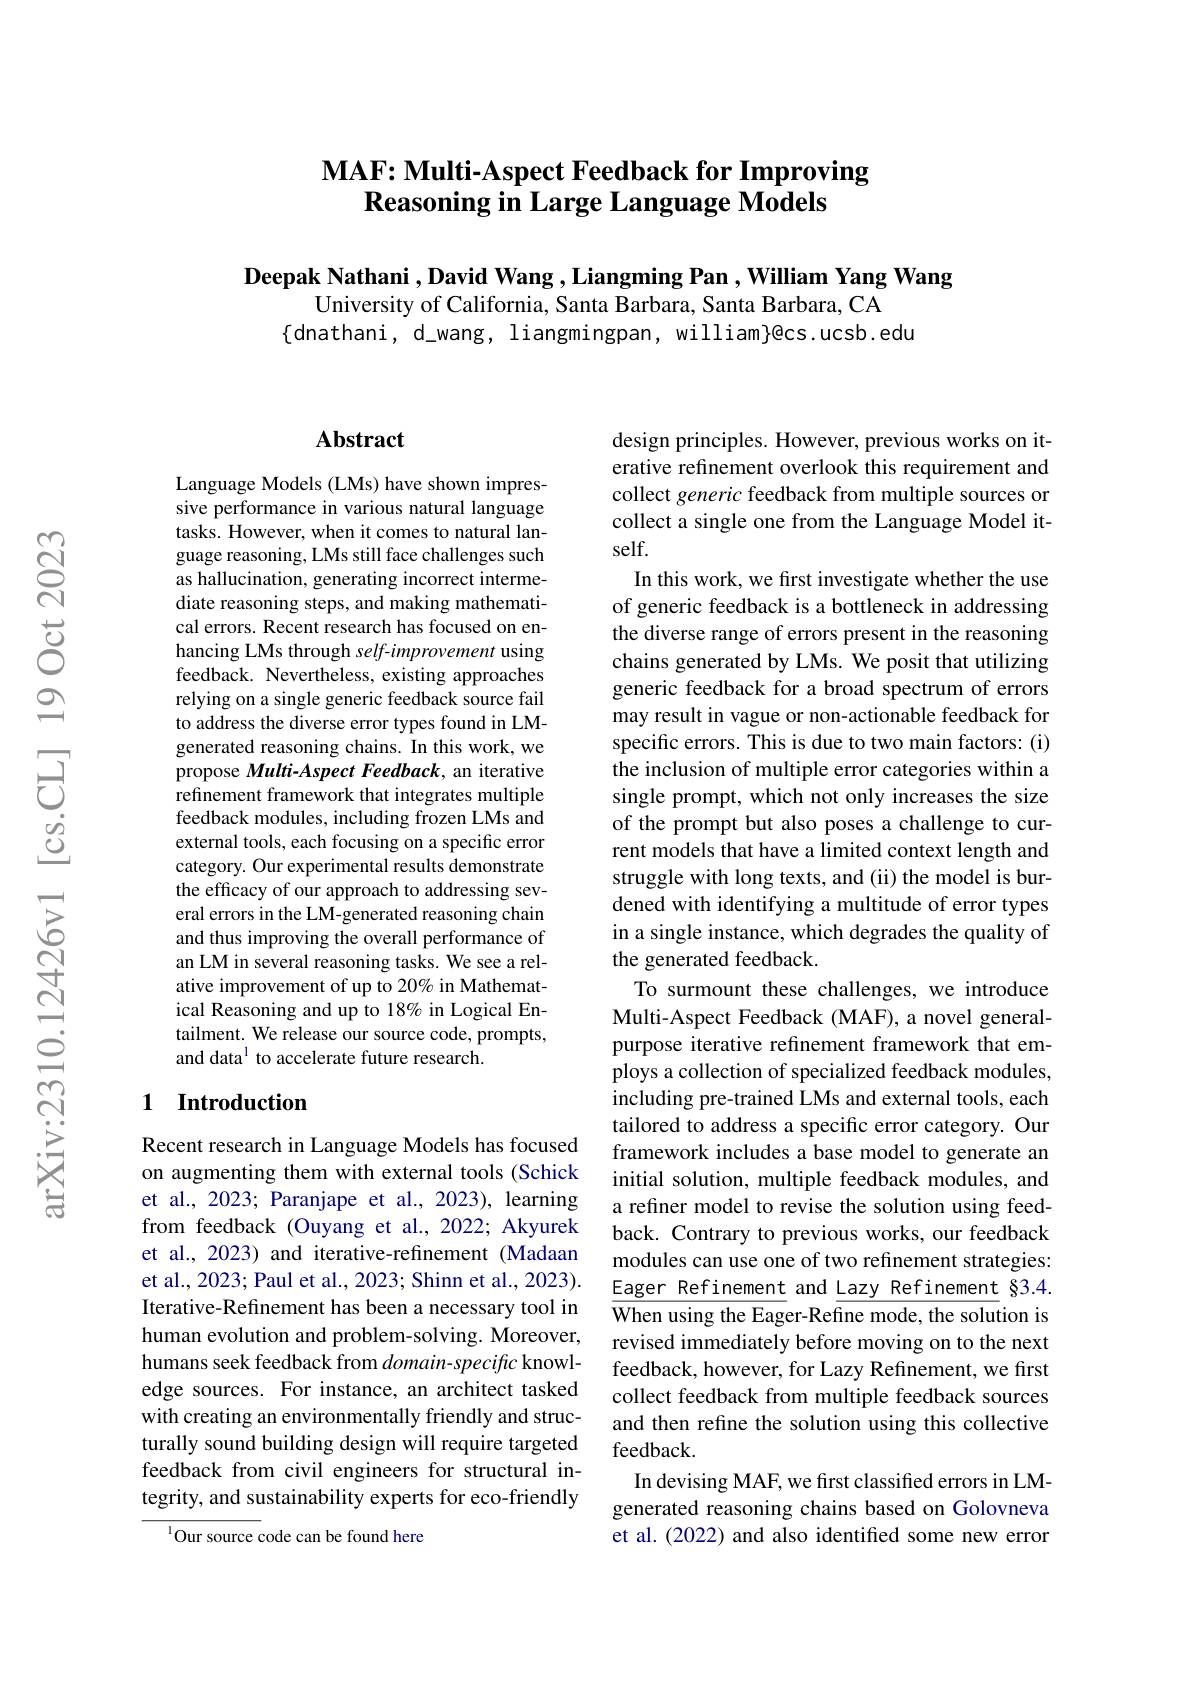
# $\mathbf{MAF:~Multi-Aspect~Feedback~for~Improving}$ Reasoning in Large Language Models

Deepak Nathani , David Wang ,Liangming Pan , William Yang Wang
University of California, Santa Barbara, Santa Barbara, CA
$\{$dnathani, d\_wang, liangmingpan, william}@cs.ucsb.edu

## $\mathbf{Abstract}$

Language Models (LMs) have shown impressive performance in various natural language tasks. However, when it comes to natural language reasoning, LMs still face challenges such as hallucination, generating incorrect intermediate reasoning steps, and making mathematical errors. Recent research has focused on enhancing LMs through self-improvement using feedback. Nevertheless, existing approaches relying on a single generic feedback source fail to address the diverse error types found in LMgenerated reasoning chains. In this work, we propose Multi-Aspect Feedback, an iterative refinement framework that integrates multiple feedback modules, including frozen LMs and external tools, each focusing on a specific error category. Our experimental results demonstrate the efficacy of our approach to addressing several errors in the LM-generated reasoning chain and thus improving the overall performance of an LM in several reasoning tasks. We see a relative improvement of up to 20% in Mathematical Reasoning and up to 18% in Logical Entailment. We release our source code, prompts, and data$^{1}$ to accelerate future research.

### 1 Introduction

Recent research in Language Models has focused on augmenting them with external tools (Schick et al., 2023; Paranjape et al., 2023), learning from feedback (Ouyang et al.,2022; Akyurek et al., 2023) and iterative-refinement (Madaan et al., 2023; Paul et al., 2023; Shinn et al., 2023). Iterative-Refinement has been a necessary tool in human evolution and problem-solving. Moreover, humans seek feedback from $domain-specific$ knowledge sources. For instance, an architect tasked with creating an environmentally friendly and structurally sound building design will require targeted feedback from civil engineers for structural integrity, and sustainability experts for eco-friendly

$^{1}$Our source code can be found here

design principles. However, previous works on iterative refinement overlook this requirement and collect generic feedback from multiple sources or collect a single one from the Language Model itself.
In this work, we frst investigate whether the use of generic feedback is a bottleneck in addressing the diverse range of errors present in the reasoning chains generated by LMs. We posit that utilizing generic feedback for a broad spectrum of errors may result in vague or non-actionable feedback for specific errors. This is due to two main factors: (i) the inclusion of multiple error categories within a single prompt, which not only increases the size of the prompt but also poses a challenge to current models that have a limited context length and struggle with long texts, and (ii) the model is burdened with identifying a multitude of error types in a single instance, which degrades the quality of the generated feedback.
To surmount these challenges, we introduce Multi-Aspect Feedback (MAF), a novel generalpurpose iterative refinement framework that employs a collection of specialized feedback modules, including pre-trained LMs and external tools, each tailored to address a specific error category. Our framework includes a base model to generate an initial solution, multiple feedback modules, and a refiner model to revise the solution using feedback. Contrary to previous works, our feedback modules can use one of two refinement strategies: Eager Refinement and Lazy Refinement $\S3.4.$ When using the Eager-Refine mode, the solution is revised immediately before moving on to the next feedback, however, for Lazy Refinement, we first collect feedback from multiple feedback sources and then refine the solution using this collective feedback.
In devising MAF, we first classified errors in LMgenerated reasoning chains based on Golovneva et al. (2022) and also identified some new error